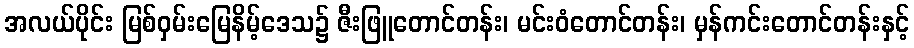
အလယ်ပိုင်း မြစ်ဝှမ်းမြေနိမ့်ဒေသ၌ ဇီးဖြူတောင်တန်း၊ မင်းဝံတောင်တန်း၊ မှန်ကင်းတောင်တန်းနှင့်